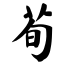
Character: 荀